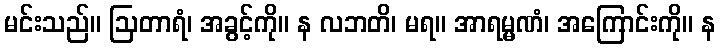
မင်းသည်။ ဩတာရံ၊ အခွင့်ကို။ န လဘတိ၊ မရ။ အာရမ္မဏံ၊ အကြောင်းကို။ န